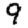
Digit: 9